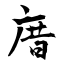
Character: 庴